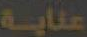
عناية